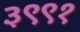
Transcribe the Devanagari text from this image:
३९९१